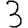
Digit: 3